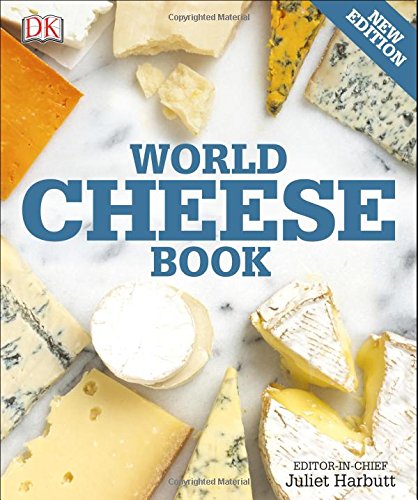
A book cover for World Cheese Book; Juliet Harbutt; Cookbooks, Food & Wine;